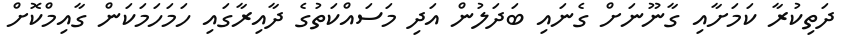
ދަތިކުރާ ކަމަށާއި ގާނޫނަށް ގެނައި ބަދަލުން އަދި މަސައްކަތުގެ ދާއިރާގައި ހަމަހަމަކަން ގާއިމްކޮށް